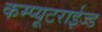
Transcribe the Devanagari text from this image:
कम्प्यूटराईज्ड